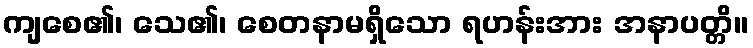
ကျစေ၏၊ သေ၏၊ စေတနာမရှိသော ရဟန်းအား အနာပတ္တိ။